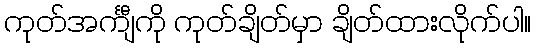
ကုတ်အင်္ကျီကို ကုတ်ချိတ်မှာ ချိတ်ထားလိုက်ပါ။